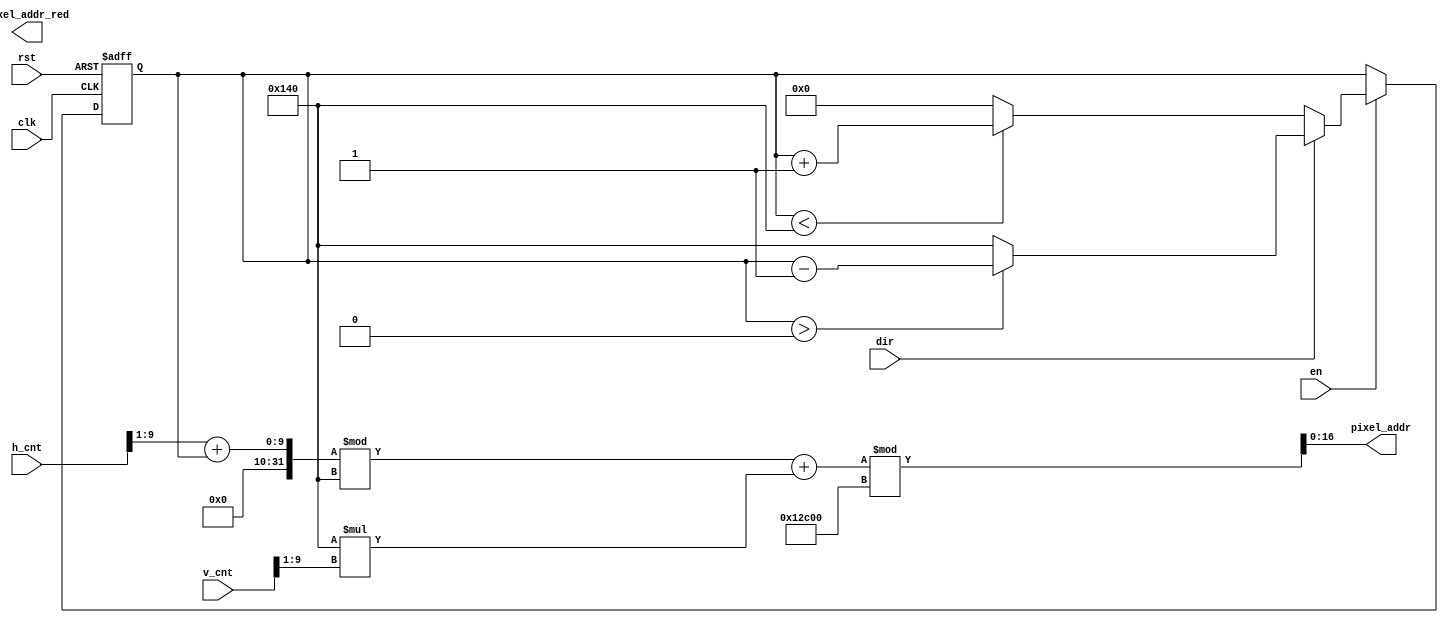
module mem_addr_gen(
   input clk,
   input rst,
   input dir,
   input en,
   input [9:0] h_cnt,
   input [9:0] v_cnt,
   output [16:0] pixel_addr,
   output [16:0] pixel_addr_red
   );
    
   reg [8:0] position;
  
   
   assign pixel_addr = ( ((h_cnt>>1)+position)%320 +320*(v_cnt>>1))% 76800;  //640*480 --> 320*240 

   always @ (posedge clk or posedge rst) begin
    if(rst)begin
        position<=9'd0;
    end
    else begin
        if(en)begin
            if(dir)begin
                if(position>9'd0)begin
                    position<=position-1;
                end
                else begin
                    position<=9'd320;
                end
            end
            else begin
                if(position<9'd320) begin
                    position<=position+1;
                end
                else  begin
                    position<=9'd0;
                end
            end
        end
        else begin
            position<=position;
        end
    end
   end
    
endmodule